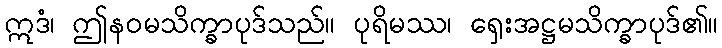
ဣဒံ၊ ဤနဝမသိက္ခာပုဒ်သည်။ ပုရိမဿ၊ ရှေးအဋ္ဌမသိက္ခာပုဒ်၏။